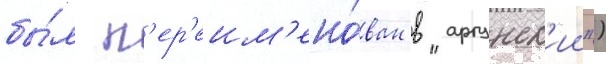
бы́л п'ер'еим'ено́ван в "аргунск'ии")